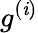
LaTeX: {g^{(\mathit{i})}}